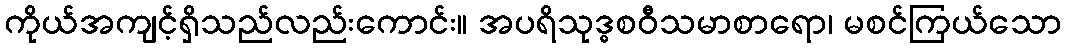
ကိုယ်အကျင့်ရှိသည်လည်းကောင်း။ အပရိသုဒ္ဓစဝီသမာစာရော၊ မစင်ကြယ်သော